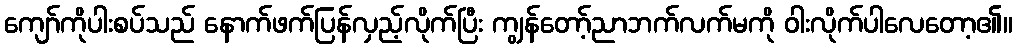
ကျော်ကိုပါးစပ်သည် နောက်ဖက်ပြန်လှည့်လိုက်ပြီး ကျွန်တော့်ညာဘက်လက်မကို ဝါးလိုက်ပါလေတော့၏။